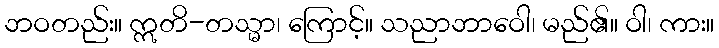
ဘဝတည်း။ ဣတိ-တသ္မာ၊ ကြောင့်။ သညာဘာဝေါ၊ မည်၏။ ဝါ၊ ကား။